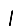
Digit: 1